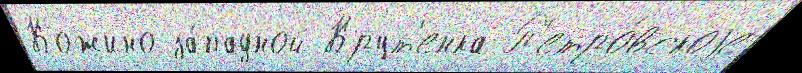
Кожино за́падной Крут'енка П'етро́вскоjе